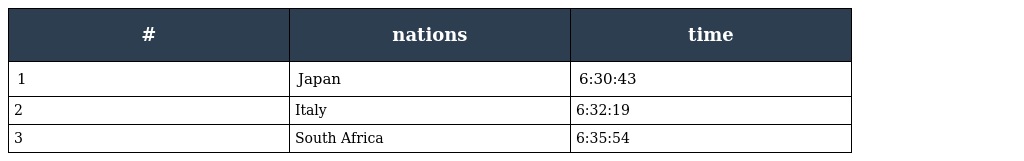
| # | nations | time |
 | --- | --- | --- |
 | 1 | Japan | 6:30:43 |
 | 2 | Italy | 6:32:19 |
 | 3 | South Africa | 6:35:54 |